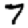
Digit: 7